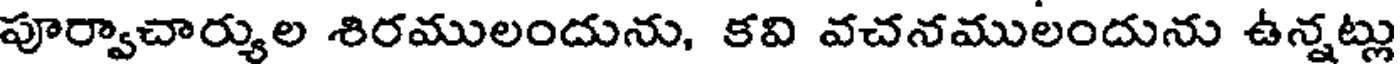
పూర్వాచార్యుల శిరములందును, కవి వచనములందును ఉన్నట్లు